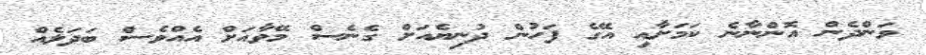
ވަންދެން އޮންނާނެ ކަމަށާއި އޭގެ ފަހުން ދުނިޔެއަށް ގެނެސް މޭވާއަށް އެއްވެސް ބަދަލެއް